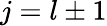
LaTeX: j=l\pm 1